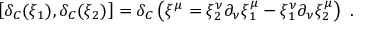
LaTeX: \left[ \delta _ { C } ( \xi _ { 1 } ) , \delta _ { C } ( \xi _ { 2 } ) \right] = \delta _ { C } \left( \xi ^ { \mu } = \xi _ { 2 } ^ { \nu } \partial _ { \nu } \xi _ { 1 } ^ { \mu } - \xi _ { 1 } ^ { \nu } \partial _ { \nu } \xi _ { 2 } ^ { \mu } \right) \ .